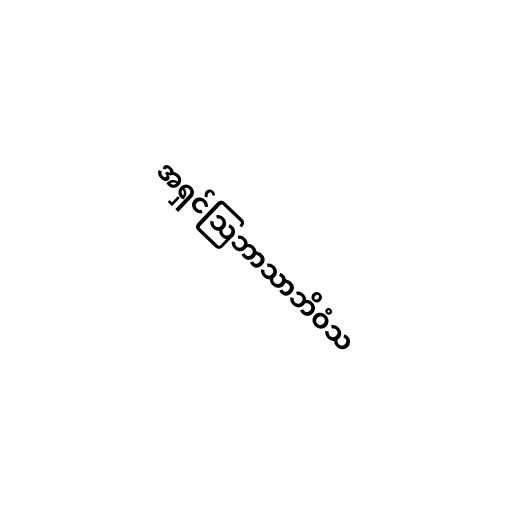
အရှင်သြဘာသာဘိဝံသ